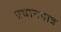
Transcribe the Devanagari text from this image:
प्रधानपात्र